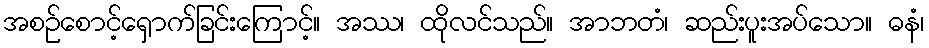
အစဉ်စောင့်ရှောက်ခြင်းကြောင့်။ အဿ၊ ထိုလင်သည်။ အာဘတံ၊ ဆည်းပူးအပ်သော။ ဓနံ၊